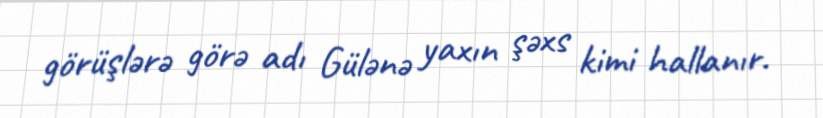
görüşlərə görə adı Gülənə yaxın şəxs kimi hallanır.